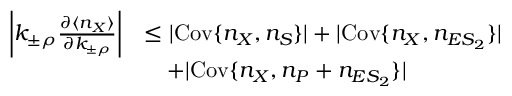
\begin{array} { r l } { \left| k _ { \pm \rho } \frac { \partial \langle n _ { X } \rangle } { \partial k _ { \pm \rho } } \right| } & { \leq | \mathrm { C o v } \{ n _ { X } , n _ { S } \} | + | \mathrm { C o v } \{ n _ { X } , n _ { E S _ { 2 } } \} | } \\ & { ~ ~ ~ + | \mathrm { C o v } \{ n _ { X } , n _ { P } + n _ { E S _ { 2 } } \} | } \end{array}